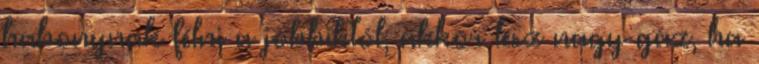
habonynak félni a jobbiktól, akkor lesz nagy gáz, ha